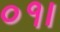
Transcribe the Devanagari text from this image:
०१।